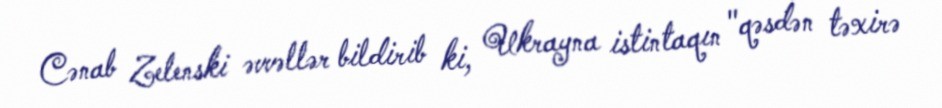
Cənab Zelenski əvvəllər bildirib ki, Ukrayna istintaqın "qəsdən təxirə